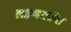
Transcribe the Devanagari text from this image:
लाइव्हब्लॉग्स